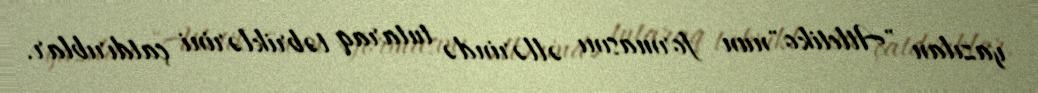
yazılan "Atletiko"nun formasını əllərində tutaraq təbriklərini çatdırıblar.